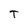
Character: T